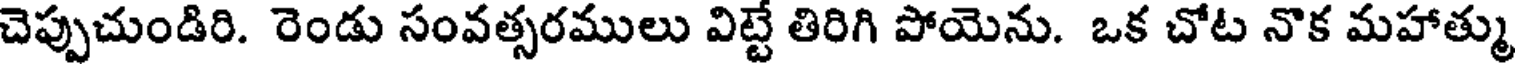
చెప్పుచుండిరి. రెండు సంవత్సరములు విట్టే తిరిగి పోయెను. ఒక చోట నొక మహాత్ము